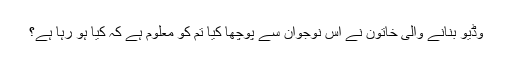
وڈیو بنانے والی خاتون نے اس نوجوان سے پوچھا کیا تم کو معلوم ہے کہ کیا ہو رہا ہے؟